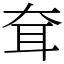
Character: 耷